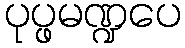
ပုပ္ဖမဏ္ဍပေ